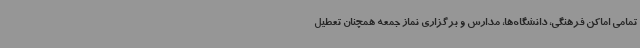
تمامی اماکن فرهنگی، دانشگاه‌ها، مدارس و برگزاری نماز جمعه همچنان تعطیل